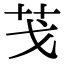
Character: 𦬗